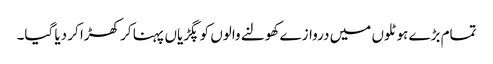
تمام بڑے ہوٹلوں میں دروازے کھولنے والوں کو پگڑیاں پہنا کر کھڑا کر دیا گیا۔